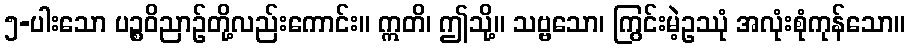
၅-ပါးသော ပဉ္စဝိညာဉ်တို့လည်းကောင်း။ ဣတိ၊ ဤသို့။ သဗ္ဗသော၊ ကြွင်းမဲ့ဥဿုံ အလုံးစုံကုန်သော။